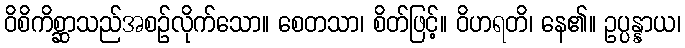
ဝိစိကိစ္ဆာသည်အစဉ်လိုက်သော။ စေတသာ၊ စိတ်ဖြင့်။ ဝိဟရတိ၊ နေ၏။ ဥပ္ပန္နာယ၊